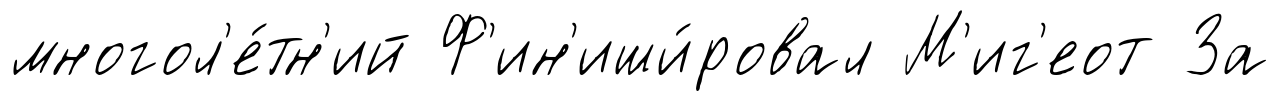
многол'е́тн'ий Ф'ин'иши́ровал М'иг'еот За